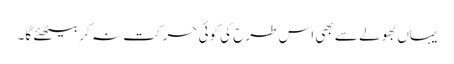
یہاں بھولے سے بھی اس طرح کی کوئی حرکت نہ کر بیٹھئے گا۔